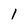
Character: 1